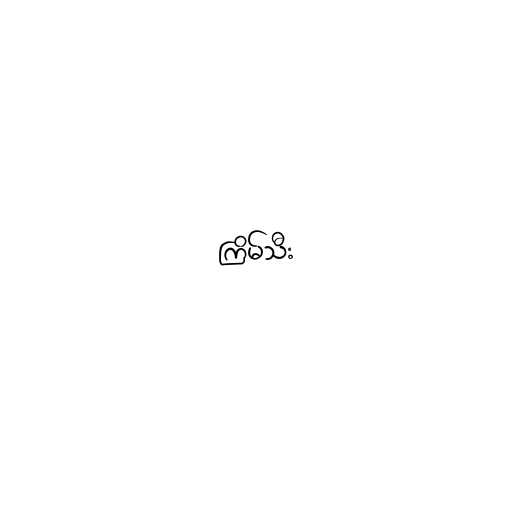
ကြိမ်သီး